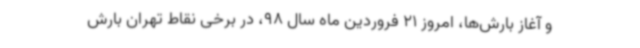
و آغاز بارش‌ها، امروز 21 فروردین ماه سال 98، در برخی نقاط تهران بارش